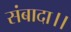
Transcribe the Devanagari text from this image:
संबादा।।